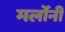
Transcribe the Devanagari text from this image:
मर्लोनी